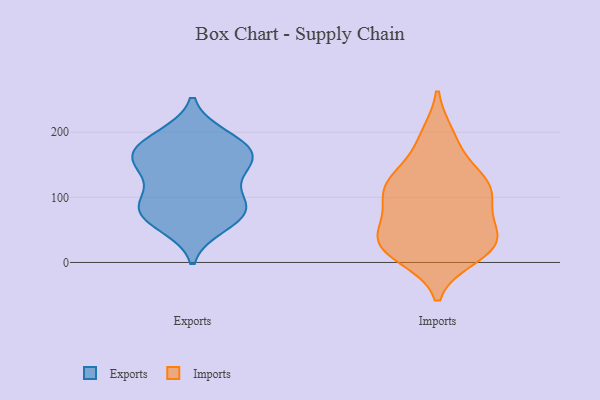
{"axis": {"x": "Waste Production (Tons)", "y": "Value"}, "legend": ["Exports", "Imports"], "data": [{"x": "", "y": 89, "type": "Exports"}, {"x": "", "y": 147, "type": "Exports"}, {"x": "", "y": 56, "type": "Exports"}, {"x": "", "y": 161, "type": "Exports"}, {"x": "", "y": 91, "type": "Exports"}, {"x": "", "y": 152, "type": "Exports"}, {"x": "", "y": 62, "type": "Exports"}, {"x": "", "y": 194, "type": "Exports"}, {"x": "", "y": 181, "type": "Exports"}, {"x": "", "y": 93, "type": "Exports"}, {"x": "", "y": 80, "type": "Exports"}, {"x": "", "y": 165, "type": "Exports"}, {"x": "", "y": 132, "type": "Exports"}, {"x": "", "y": 163, "type": "Exports"}, {"x": "", "y": 76, "type": "Exports"}, {"x": "", "y": 191, "type": "Exports"}, {"x": "", "y": 24, "type": "Imports"}, {"x": "", "y": 187, "type": "Imports"}, {"x": "", "y": 106, "type": "Imports"}, {"x": "", "y": 27, "type": "Imports"}, {"x": "", "y": 32, "type": "Imports"}, {"x": "", "y": 136, "type": "Imports"}, {"x": "", "y": 98, "type": "Imports"}, {"x": "", "y": 111, "type": "Imports"}, {"x": "", "y": 22, "type": "Imports"}, {"x": "", "y": 58, "type": "Imports"}, {"x": "", "y": 117, "type": "Imports"}, {"x": "", "y": 194, "type": "Imports"}, {"x": "", "y": 62, "type": "Imports"}, {"x": "", "y": 22, "type": "Imports"}, {"x": "", "y": 128, "type": "Imports"}, {"x": "", "y": 45, "type": "Imports"}, {"x": "", "y": 10, "type": "Imports"}, {"x": "", "y": 113, "type": "Imports"}]}